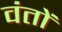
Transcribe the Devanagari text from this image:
वंतों